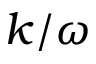
k / \omega